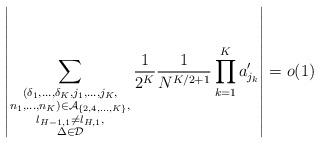
LaTeX: \begin{align*} \left|\sum_{\substack{(\delta_1,\ldots,\delta_K,j_1,\ldots,j_K,\\ n_1,\ldots,n_K)\in\mathcal{A}_{\{2,4,\ldots,K\}},\\l_{H-1,1}\neq l_{H,1},\\ \Delta\in\mathcal{D}}}\frac{1}{2^K}\frac{1}{N^{K/2+1}}\prod_{k=1}^Ka'_{j_k}\right|=o(1)\end{align*}